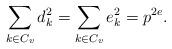
LaTeX: \begin{align*} \sum_{k\in C_v} d_k^2=\sum_{k\in C_v} e_k^2 = p^{2e}.\end{align*}